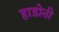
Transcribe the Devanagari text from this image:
हाडोती